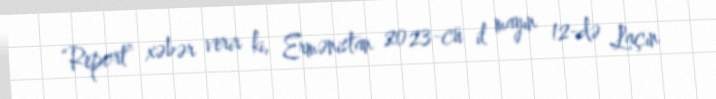
“Report” xəbər verir ki, Ermənistan 2023-cü il mayın 12-də Laçın